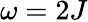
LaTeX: \omega=2J